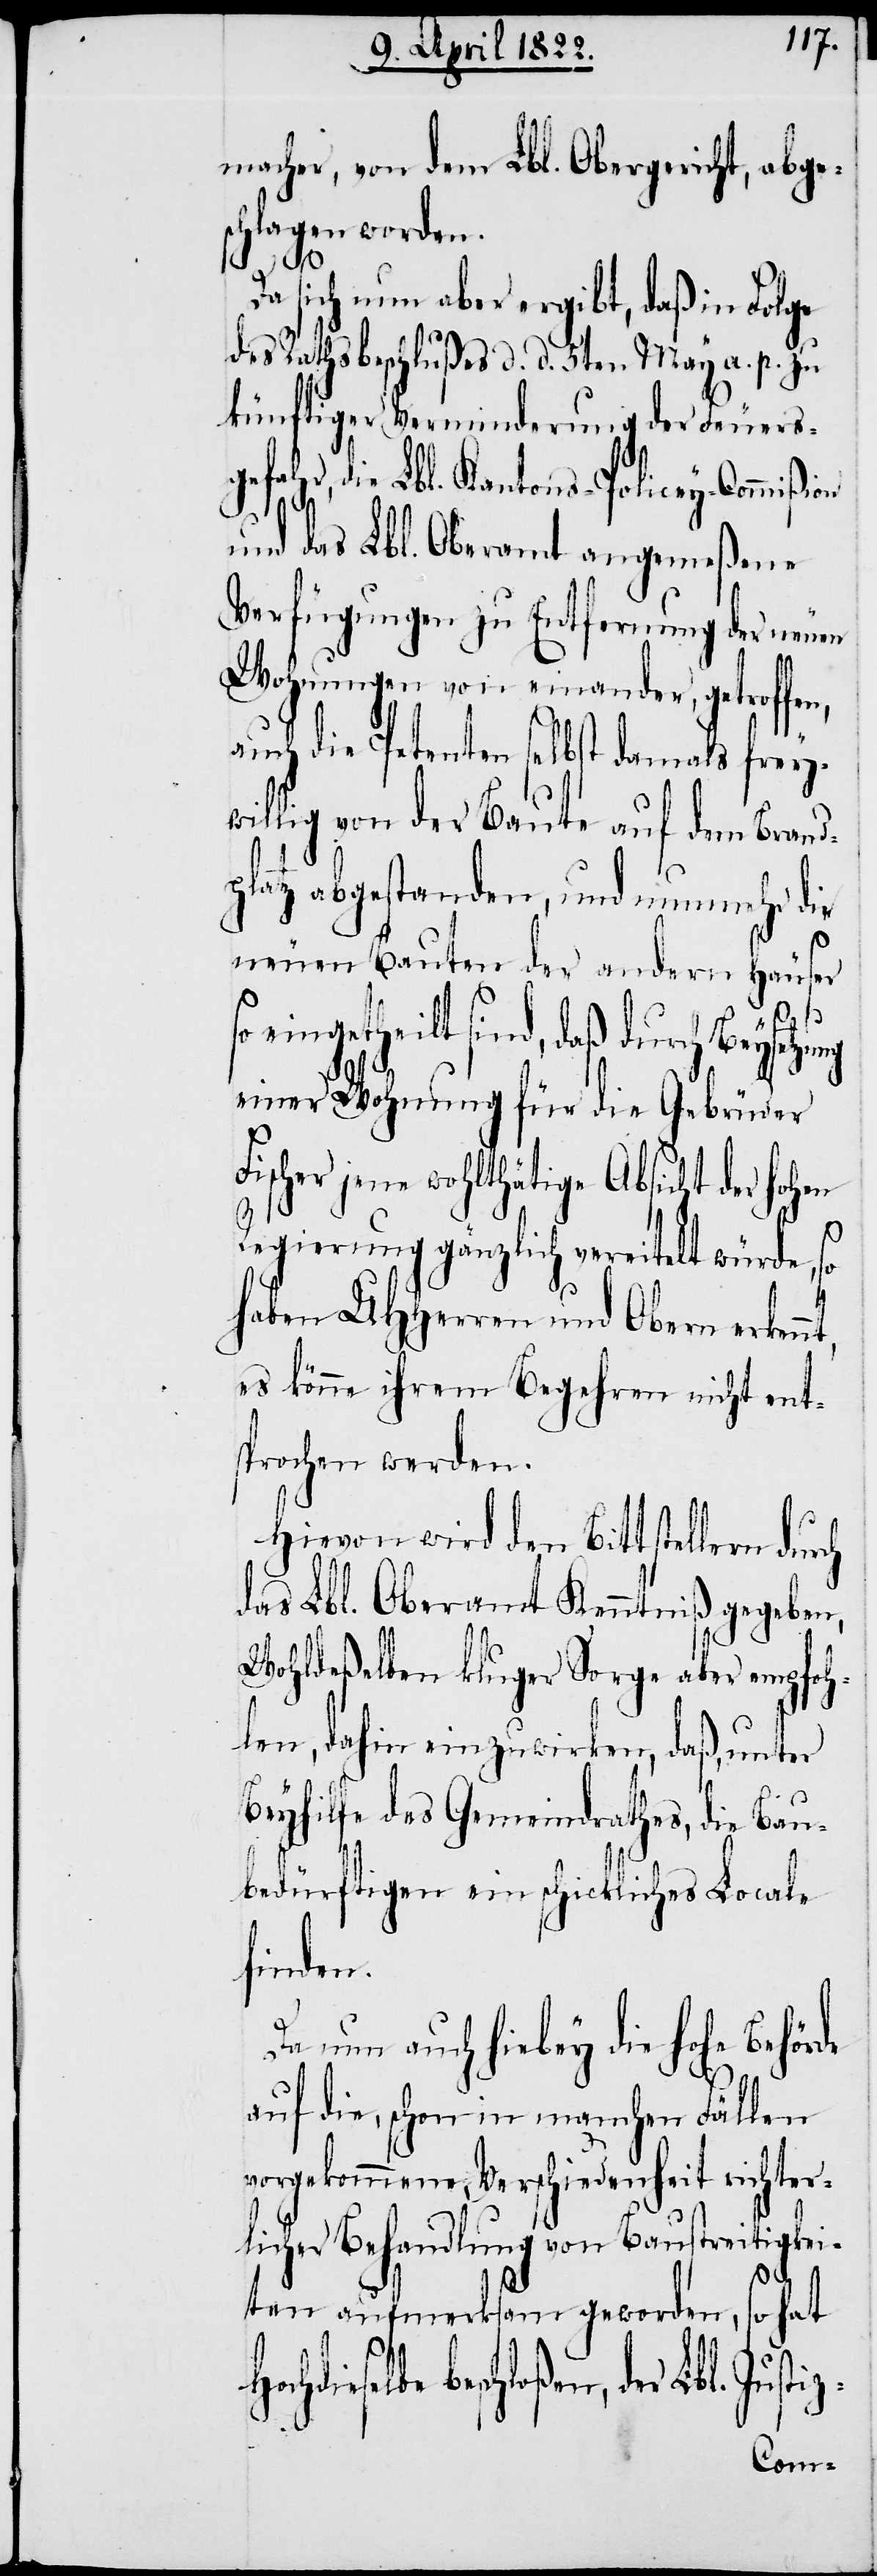
macher, von dem Lbl. Obergericht, abge¬
schlagen worden.
nt,
Da sich nun aber ergibt, daß in Folge
des Rathsbeschlußes d. d. 5ten May a. p. zu
künftiger Verminderung der Feuers¬
gefahr, die Lbl. Kantons-Policey-Commißion
und das Lbl. Oberamt angemeßene
Verfügungen zu Entfernung der neuen
Wohnungen von einander, getroffen,
auch die Petenten selbst damals frey¬
willig von der Baute auf dem Brand¬
platz abgestanden, und nunmehr die
neuen Bauten der andern Häuser
so
eingetheilt sind, daß durch
einer Wohnung für die Gebrüder
Fischer jene wohlthätige Absicht der hohen
Regierung gänzlich vereitelt würde, so
haben UHHerren und Obern erken¬
es könne ihrem Begehren nicht ent¬
sprochen werden.
Hievon wird den Bittstellern durch
das Lbl. Oberamt Kenntniß gegeben,
Wohldeßelben kluger Sorge aber empfoh¬
len, dahin einzuwirken, daß, unter
Beyhilfe des Gemeindrathes, die Bau¬
bedürftigen ein schickliches Locale
finden.
Da nun auch hiebey die hohe Behörde
auf die, schon in manchen Fällen
vorgekommene Verschiedenheit richter¬
licher Behandlung von Baustreitigkei¬
ten aufmerksam geworden,
so hat
hloßen, der Lbl. Justiz-